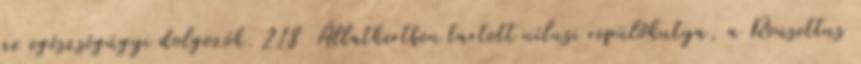
az egészségügyi dolgozók. 218 Állatkertben tartott nílusi repülőkutya, a Rousettus